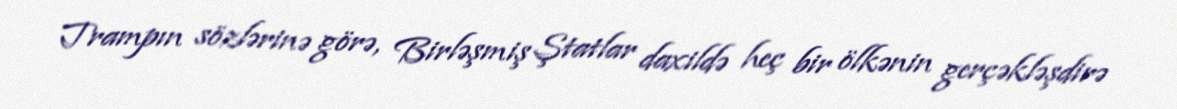
Trampın sözlərinə görə, Birləşmiş Ştatlar daxildə heç bir ölkənin gerçəkləşdirə